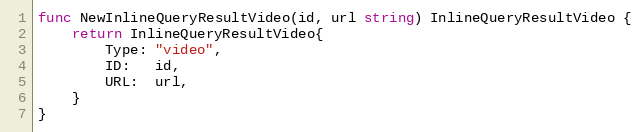
Language: Go
func NewInlineQueryResultVideo(id, url string) InlineQueryResultVideo {
	return InlineQueryResultVideo{
		Type: "video",
		ID:   id,
		URL:  url,
	}
}